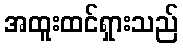
အထူးထင်ရှားသည်